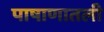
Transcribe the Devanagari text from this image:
पाषाणातली